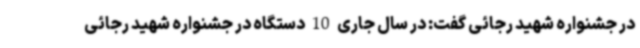
در جشنواره شهید رجائی گفت: در سال جاری 10 دستگاه در جشنواره شهید رجائی